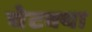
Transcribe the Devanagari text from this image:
चेटक्या